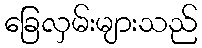
ခြေလှမ်းများသည်